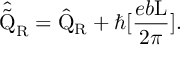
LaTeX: \hat { \tilde { \mathrm { Q } } } _ { \mathrm { R } } = \hat { \mathrm { Q } } _ { \mathrm { R } } + \hbar [ \frac { e b \mathrm { L } } { 2 \pi } ] .